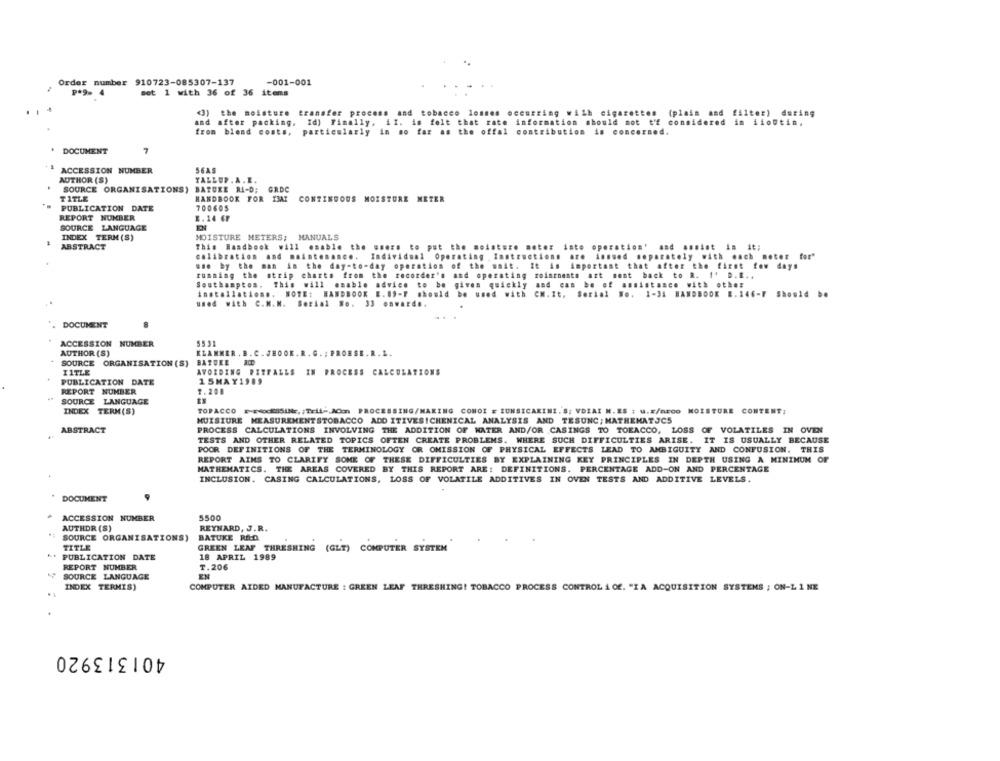
Order number 910723-085307-137
-001-001
P*9- 4
set 1 with 36 of 36 items
<3) the moisture transfer process and tobacco losses occurring wilh cigarettes (plain and filter) during
and after packing, Id) Finally, il. in felt that rate information should mot t'f considered in iioutin,
from blend costs, particularly in so far as the offal contribution is concerned.
DOCUMENT
7
ACCESSION NUMBER
56AS
AUTHOR (S)
YALLUP. A. E.
SOURCE ORGANISATIONS) BATURE RI-D; GRDC
TITLE
HANDBOOK FOR THAT CONTINUOUS MOISTURE METER
PUBLICATION DATE
700605
REPORT NUMBER
1. 14 6F
SOURCE LANGUAGE
EN
INDEX TERM (S)
MOISTURE METERS; MANUALS
ABSTRACT
This Handbook will enable the users to put
motor into operation' and assist in it;
calibration and .. inte ......
Individual Oper
ctions are issued separately with each meter for"
use by the man in the day-to-day operation
It is important that after the first few days
running the strip charts from the recorder's
moinrnents art sent back to R. I. D.R .,
and
Southampton, This will enable advice to be
and can be of assistance with other
installations. NOTE: HANDBOOK E.89-F should
CM. It. Serial No. 1-34 HANDBOOK E. 146-7 Should be
used with C.M.N. Serial No.
33 onward ..
'. DOCUMENT
ACCESSION NUMBER
5531
AUTHOR (S)
KLAMMER.B.C.JEOOK.R. G . ; PROBSE. R. L.
SOURCE ORGANISATION (S) BATURE RØD
I1TLE
AVOIDING PITFALLS IN PROCESS CALCULATIONS
PUBLICATION DATE
1 5MAY1989
REPORT NUMBER
7.208
SOURCE LANGUAGE
INDEX TERM(S)
TOPACCO E-POCESSINE, ; Tril -, ACon PROCESSING/MAKING CONOI # IUNSICAKINI. S; VDIAI N.ES : u.#/mEco MOISTURE CONTENT;
HUISIURE MEASUREMENTSTOBACCO ADDITIVES!CHENICAL ANALYSIS AND TESUNC; MATHEMATICS
ABSTRACT
PROCESS CALCULATIONS INVOLVING THE ADDITION OF WATER AND/OR CASINGS TO TOEACCO, LOSS OF VOLATILES IN OVEN
TESTS AND OTHER RELATED TOPICS OFTEN CREATE PROBLEMS. WHERE SUCH DIFFICULTIES ARISE. IT IS USUALLY BECAUSE
POOR DEFINITIONS OF THE TERMINOLOGY OR OMISSION OF PHYSICAL EFFECTS LEAD TO AMBIGUITY AND CONFUSION. THIS
REPORT AIMS TO CLARIFY SOME OF THESE DIFFICULTIES BY EXPLAINING KEY PRINCIPLES IN DEPTH USING A MINIMUM OF
MATHEMATICS. THE AREAS COVERED BY THIS REPORT ARE: DEFINITIONS. PERCENTAGE ADD-ON AND PERCENTAGE
INCLUSION. CASING CALCULATIONS, LOSS OF VOLATILE ADDITIVES IN OVEN TESTS AND ADDITIVE LEVELS.
DOCUMENT
ACCESSION NUMBER
5500
AUTHOR (S)
REYNARD, J.R.
SOURCE ORGANISATIONS)
BATUKE RECO
TITLE
GREEN LEAF THRESHING (GLT) COMPUTER SYSTEM
PUBLICATION DATE
18 APRIL 1989
REPORT NUMBER
T.206
SOURCE LANGUAGE
EN
INDEX TERMIS)
COMPUTER AIDED MANUFACTURE : GREEN LEAF THRESHING! TOBACCO PROCESS CONTROL & Of. "IA ACQUISITION SYSTEMS ; ON-L 1 NE
401313920